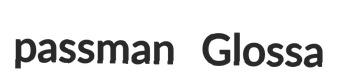
passman Glossa